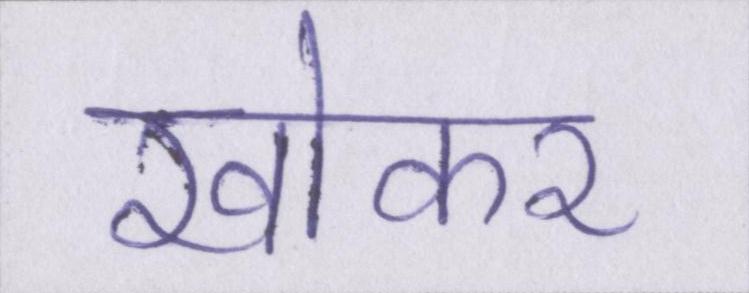
खोकर